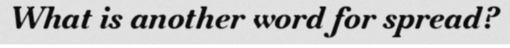
What is another word for spread?